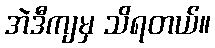
အဲဒီကျမှ သိရတယ်။